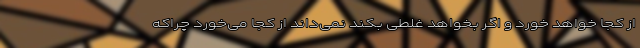
از کجا خواهد خورد و اگر بخواهد غلطی بکند نمی‌داند از کجا می‌خورد چراکه